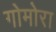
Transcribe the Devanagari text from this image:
गोमोरा